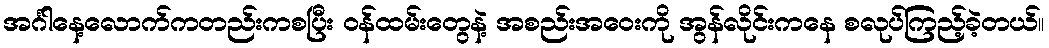
အင်္ဂါနေ့လောက်ကတည်းကစပြီး ဝန်ထမ်းတွေနဲ့ အစည်းအဝေးကို အွန်လိုင်းကနေ စလုပ်ကြည့်ခဲ့တယ်။